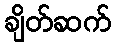
ချိတ်ဆက်